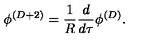
\phi ^ { ( D + 2 ) } = { \frac { 1 } { R } } { \frac { d } { d \tau } } \phi ^ { ( D ) } .